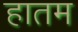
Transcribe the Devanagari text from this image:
हातम